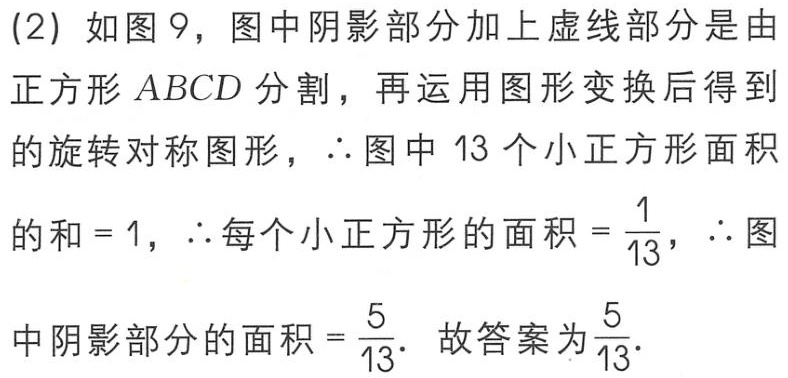
(2) 如图 9，图中阴影部分加上虚线部分是由正方形\(ABCD\)分割，再运用图形变换后得到的旋转对称图形，\(\therefore\)图中 \(13\) 个小正方形面积的和\( = 1\)，\(\therefore\)每个小正方形的面积\(=\frac{1}{13}\)，\(\therefore\)图中阴影部分的面积\(=\frac{5}{13}\). 故答案为\(\frac{5}{13}\).